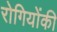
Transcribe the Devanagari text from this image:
रोगियोंकी